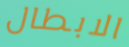
الابطال